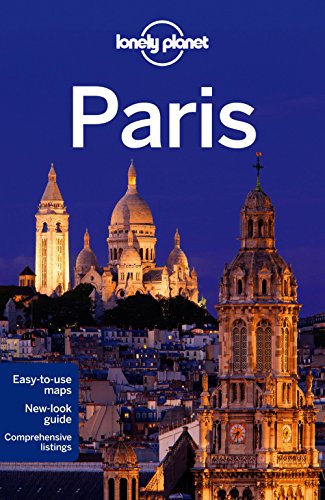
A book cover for Lonely Planet Paris (Travel Guide); Lonely Planet; Travel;